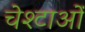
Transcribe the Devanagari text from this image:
चेश्टाओं